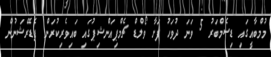
މުމްބާއީގައި ޑިސެމްބަރު 5 ވަނަ ދުވަހު ފަށާ ވޯލްޑް ޗެމްޕިއަންޝިޕުގައި ބައިވެރިކުރަން ފެޑެރޭޝަނުން